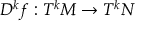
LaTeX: D ^ { k } f : T ^ { k } M \to T ^ { k } N